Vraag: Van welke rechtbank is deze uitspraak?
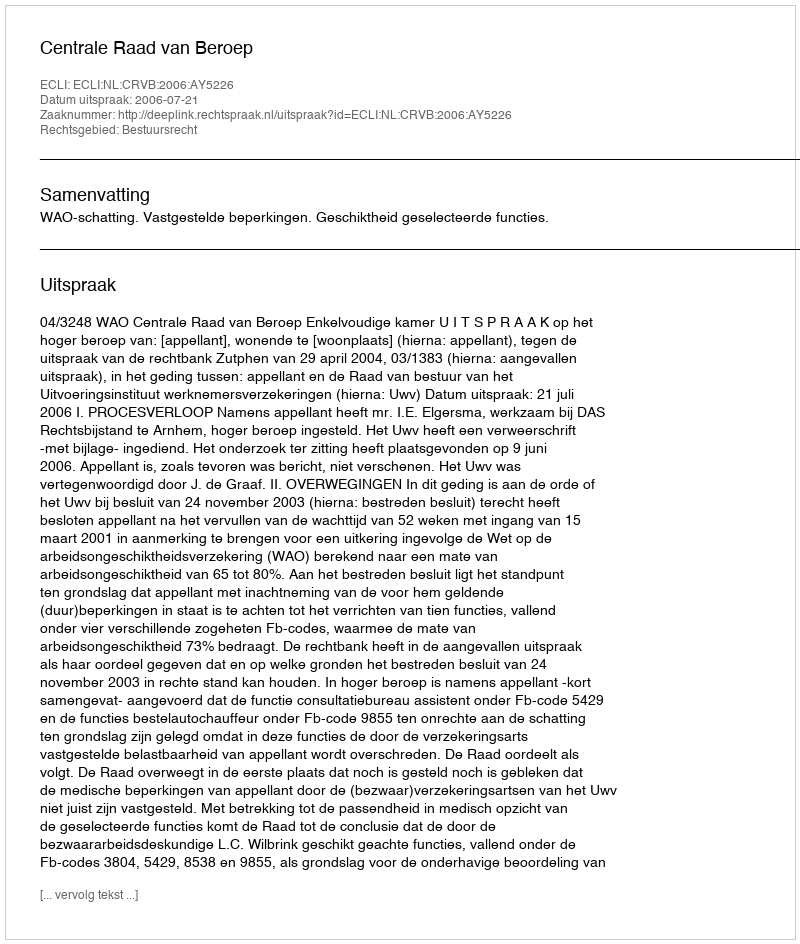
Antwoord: Centrale Raad van Beroep